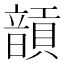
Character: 𩐵